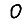
Digit: 0